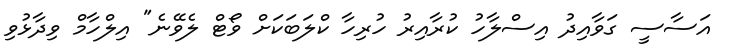
އަސާސީ ގަވާއިދު އިސްލާހު ކުރާއިރު ހުރިހާ ކްލަބަކަށް ވޯޓް ލެވޭނެ" އިލްހާމް ވިދާޅުވި